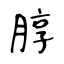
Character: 朜